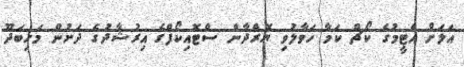
އަލަށް އެޓީމުގެ ކޯޗް ކަމާ ހަވާލުވި ޔޮރްދާން ސްޓޮއިކޯފްގެ އިރުޝާދުގެ ދަށުން މަހިބަދޫ